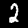
Label: 2